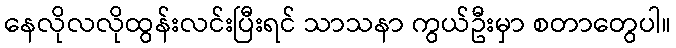
နေလိုလလိုထွန်းလင်းပြီးရင် သာသနာ ကွယ်ဦးမှာ စတာတွေပါ။